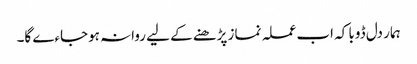
ہمار دل ڈوبا کہ اب عملہ نماز پڑھنے کے لیے روانہ ہوجاءے گا۔